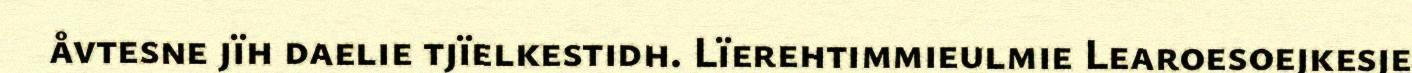
åvtesne jïh daelie tjïelkestidh. Lïerehtimmieulmie Learoesoejkesje